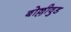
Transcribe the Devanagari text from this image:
बोल्लीवुड